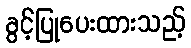
ခွင့်ပြုပေးထားသည့်